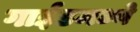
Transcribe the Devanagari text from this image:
गाईडमध्ये